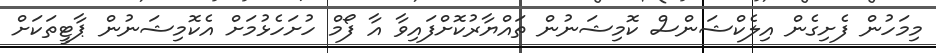
މިމަހުން ފެށިގެން އިލެކްޝަންސް ކޮމިޝަނުން ތައްޔާރުކޮށްފައިވާ އާ ފޯމް ހުށަހެޅުމަށް އެކޮމިޝަނުން ޕާޓީތަކަށް